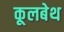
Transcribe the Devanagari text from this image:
कूलबेथ